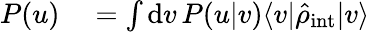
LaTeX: \begin{array}{rl}{P(u)}&{{}=\int\mathrm{d}v\, P(u|v)\langle v|\hat{\rho}_{\mathrm{int}}|v\rangle}\end{array}